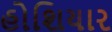
હોશિયાર